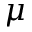
\mu